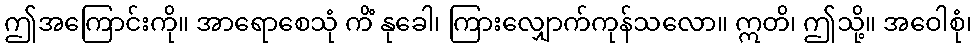
ဤအကြောင်းကို။ အာရောစေသုံ ကိံ နုခေါ၊ ကြားလျှောက်ကုန်သလော။ ဣတိ၊ ဤသို့။ အဝေါစုံ၊